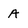
Character: A